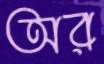
অর